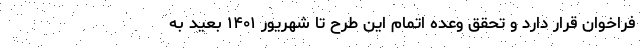
فراخوان قرار دارد و تحقق وعده اتمام این طرح تا شهریور ۱۴۰۱ بعید به